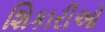
શિકારીઓ